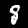
Digit: 8